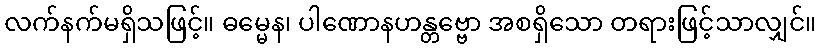
လက်နက်မရှိသဖြင့်။ ဓမ္မေန၊ ပါဏောနဟန္တဗ္ဗော အစရှိသော တရားဖြင့်သာလျှင်။